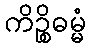
ကိဉ္စိဓမ္မံ